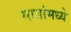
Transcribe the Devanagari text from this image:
मात्रांमध्ये